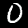
Label: 0